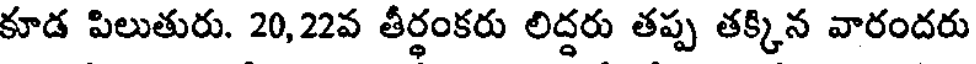
కూడ పిలుతురు. 20,22వ తీర్థంకరు లిద్దరు తప్ప తక్కిన వారందరు